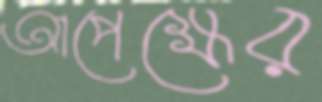
আপেক্ষের